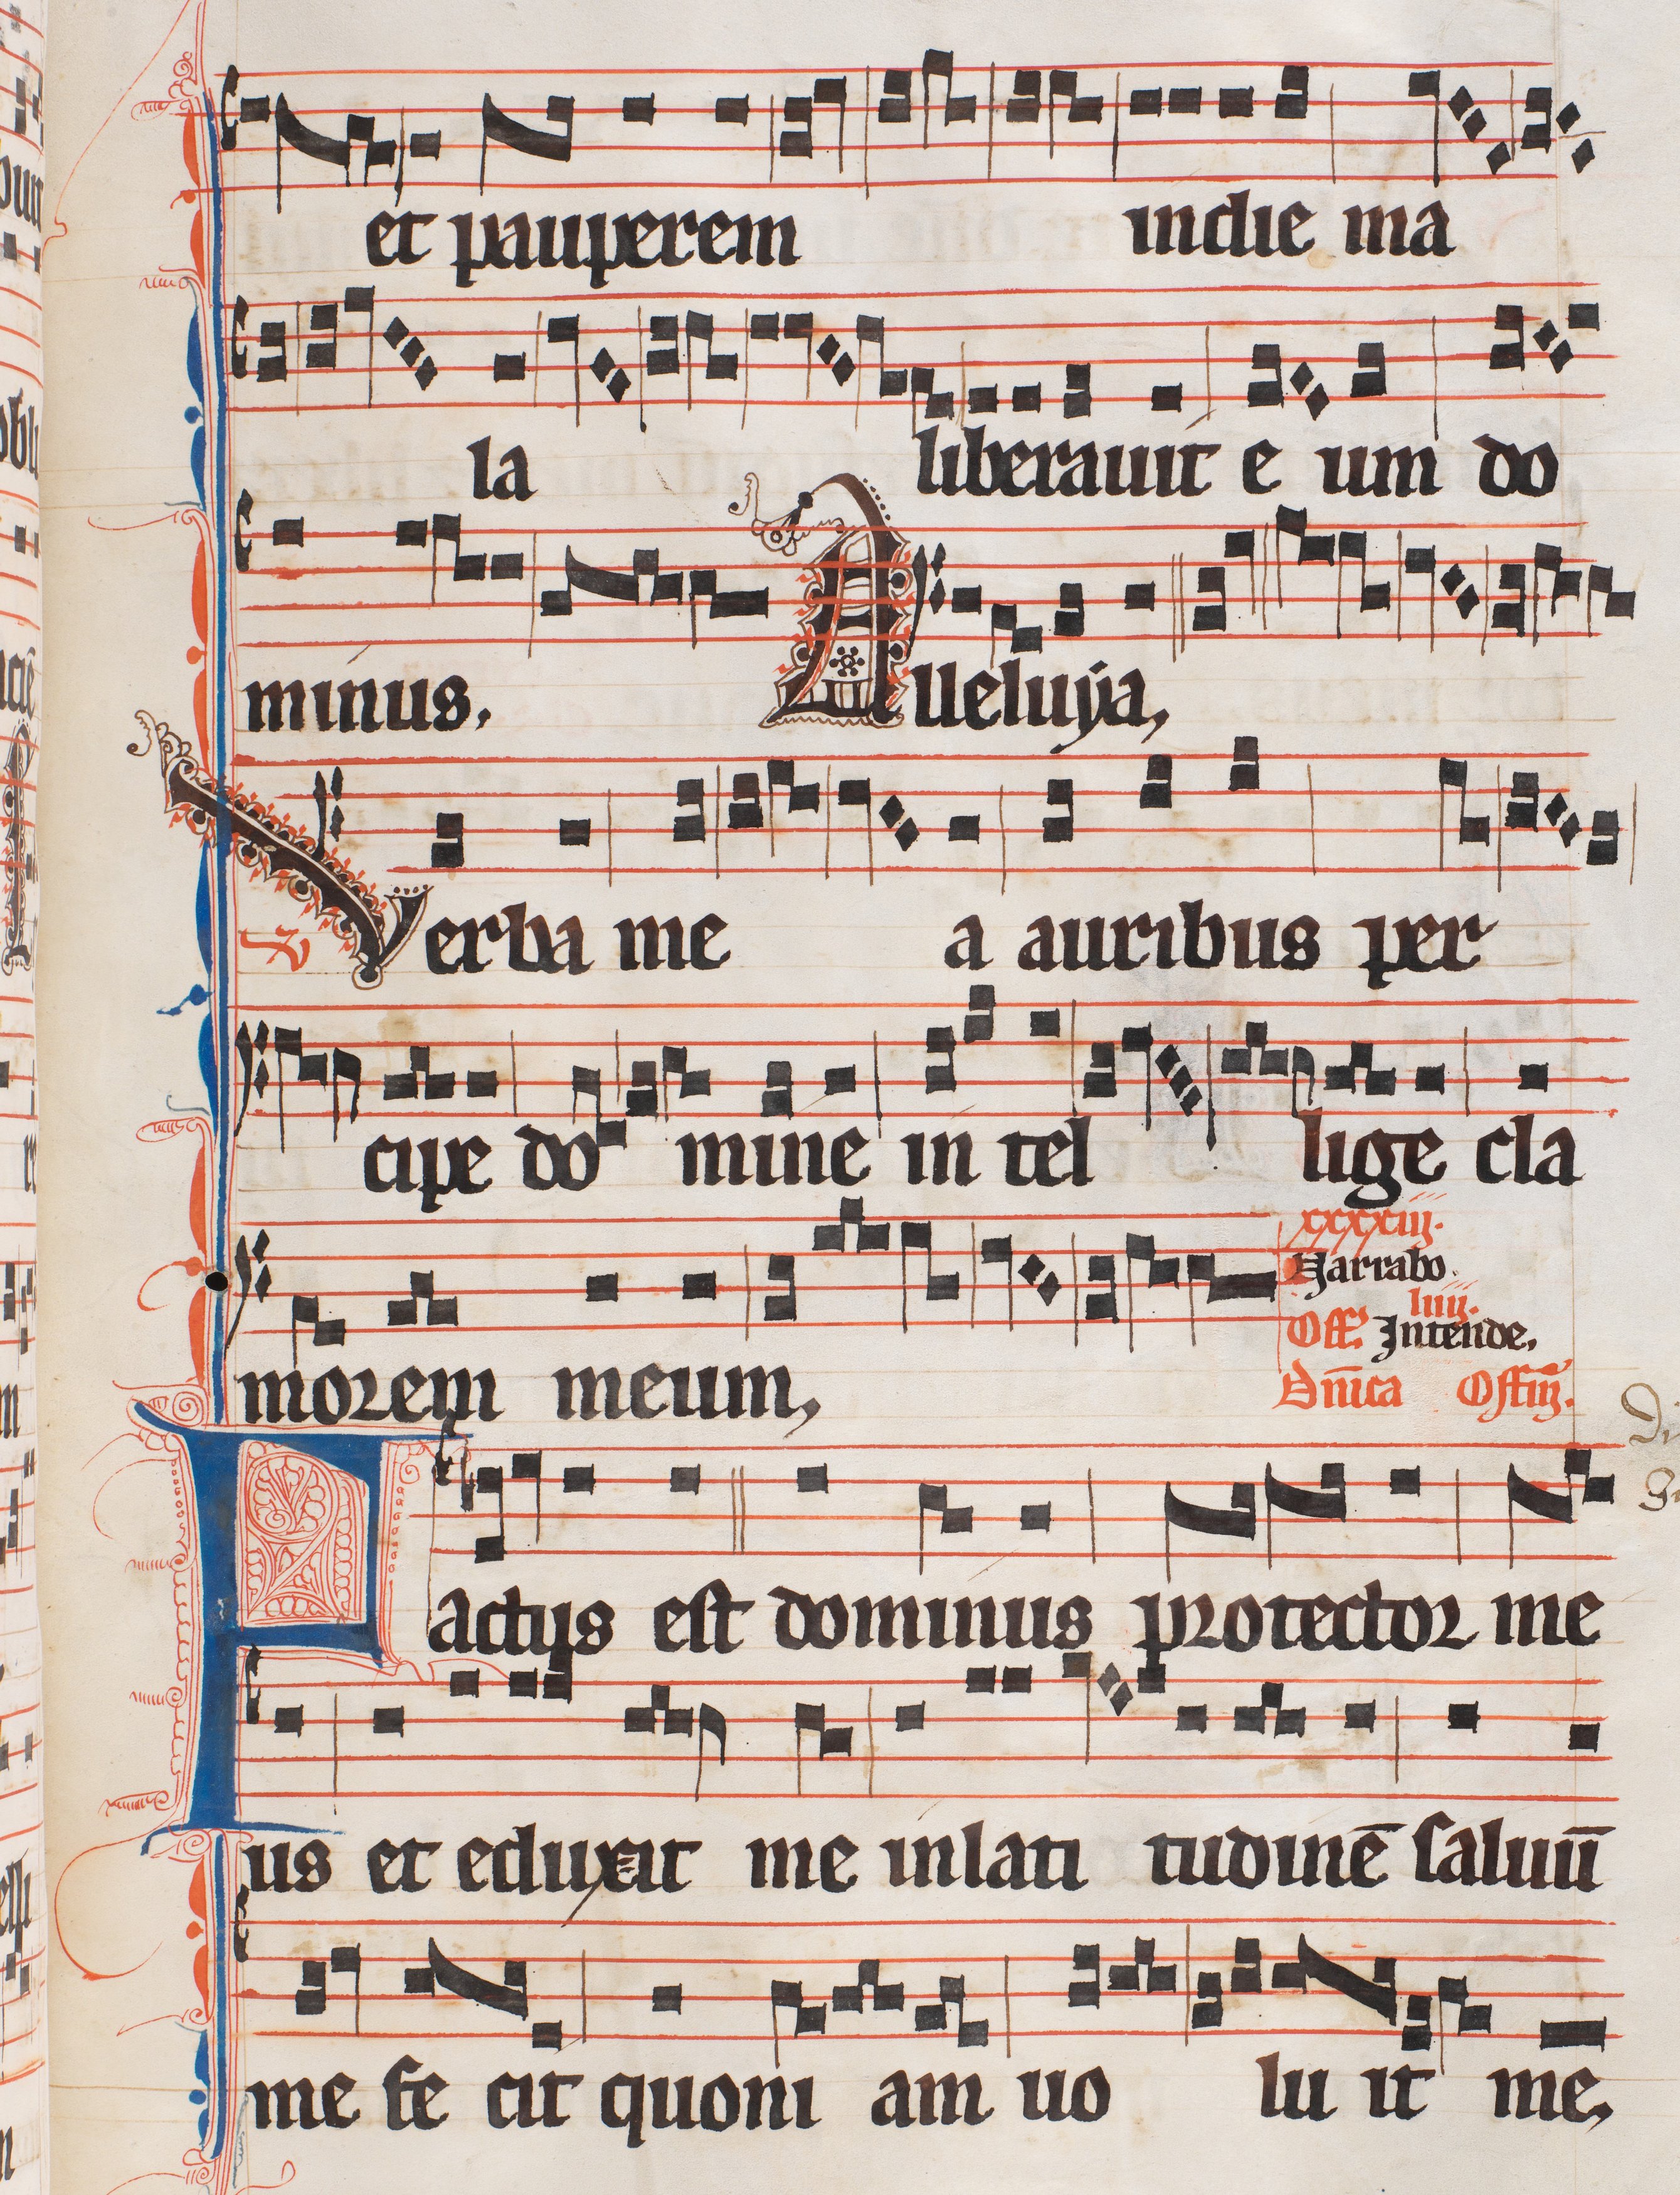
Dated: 1300–1327